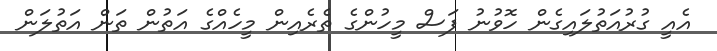
އެއީ ގުރުއަތުލައިގެން ހޮވުނު ފަސް މީހުންގެ ތެރެއިން މީހެއްގެ އަތުން ތަން އަތުލަން